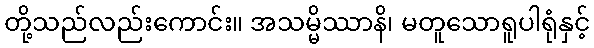
တို့သည်လည်းကောင်း။ အသမ္မိဿာနိ၊ မတူသောရူပါရုံနှင့်